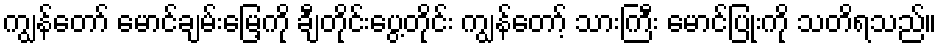
ကျွန်တော် မောင်ချမ်းမြေ့ကို ချီတိုင်းပွေ့တိုင်း ကျွန်တော့် သားကြီး မောင်ပြုံးကို သတိရသည်။